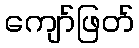
ကျော်ဖြတ်